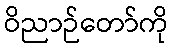
ဝိညာဉ်တော်ကို